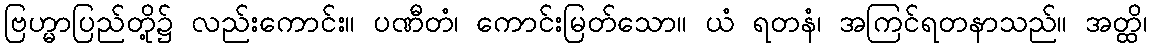
ဗြဟ္မာပြည်တို့၌ လည်းကောင်း။ ပဏီတံ၊ ကောင်းမြတ်သော။ ယံ ရတနံ၊ အကြင်ရတနာသည်။ အတ္ထိ၊